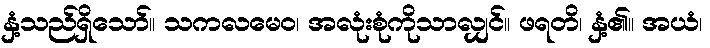
နှံ့သည်ရှိသော်။ သကလမေဝ၊ အလုံးစုံကိုသာလျှင်။ ဖရတိ၊ နှံ့၏။ အယံ၊